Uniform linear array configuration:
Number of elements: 64
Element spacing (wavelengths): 0.25
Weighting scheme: uniform
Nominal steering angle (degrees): -30
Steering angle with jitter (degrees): -29.794
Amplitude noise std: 0.05
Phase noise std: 0.05

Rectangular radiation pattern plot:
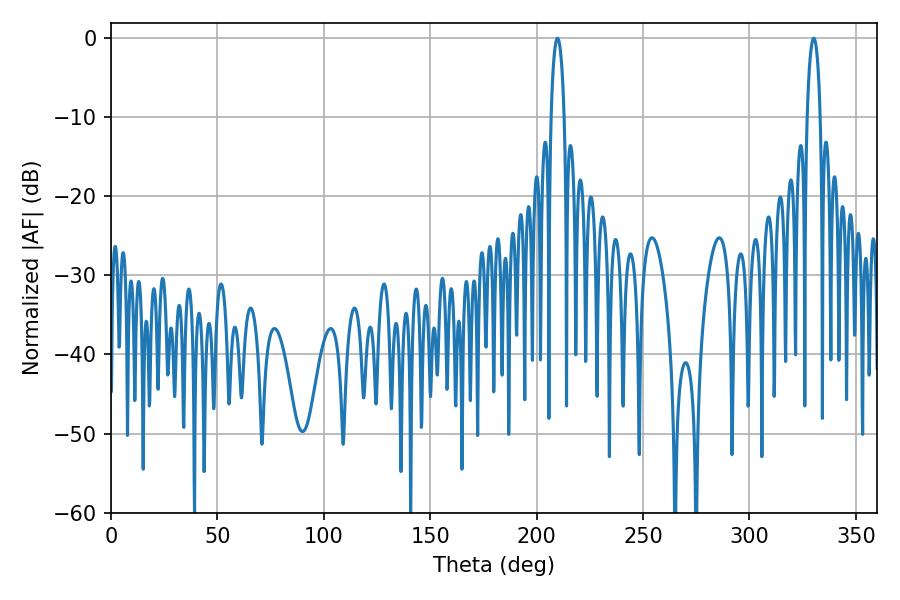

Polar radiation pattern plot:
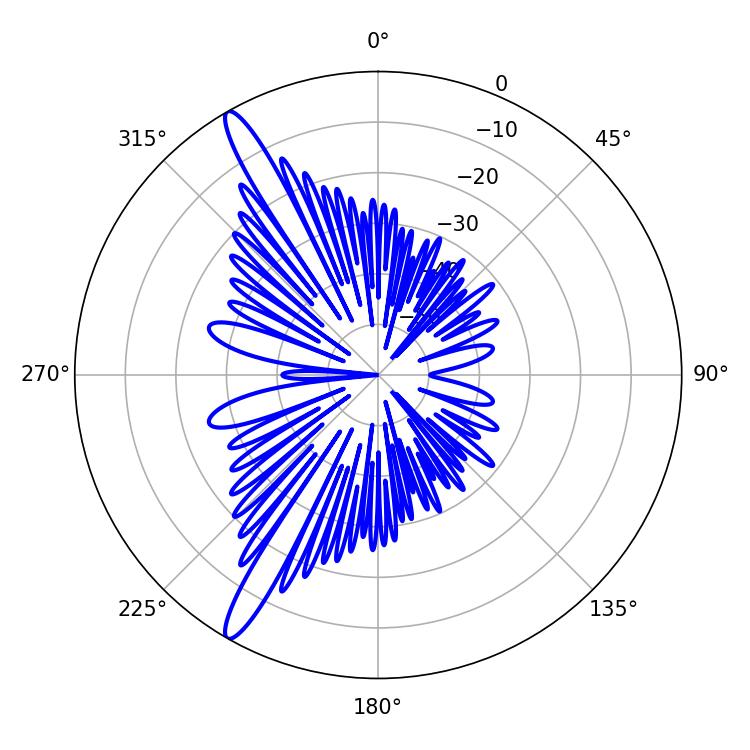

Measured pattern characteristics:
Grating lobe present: FALSE
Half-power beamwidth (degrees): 3.42
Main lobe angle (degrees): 330.12